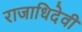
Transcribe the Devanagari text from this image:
राजाधिदेवी